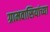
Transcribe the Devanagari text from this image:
ग्रामवासियांच्या